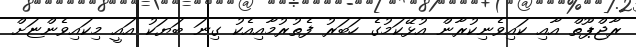
ރާޖްޕޫތް އާއި ކައިވެނިކުރާން އުޅޭކަމުގެ ހަބަރު ފެތުރުމާއިއެކު ގިނަ ބަޔަކު އައީ މިކައިވެންޏަށް